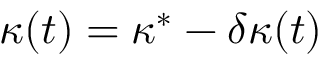
\kappa ( t ) = \kappa ^ { * } - \delta \kappa ( t )